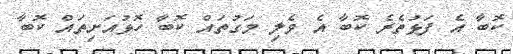
ކޮބާ އެ ފަޅުތެރެ ކޮބާ އެ ވެލި މަގުތައް ކޮބާ ހޮޅުއަށިތައް ކޮބާ